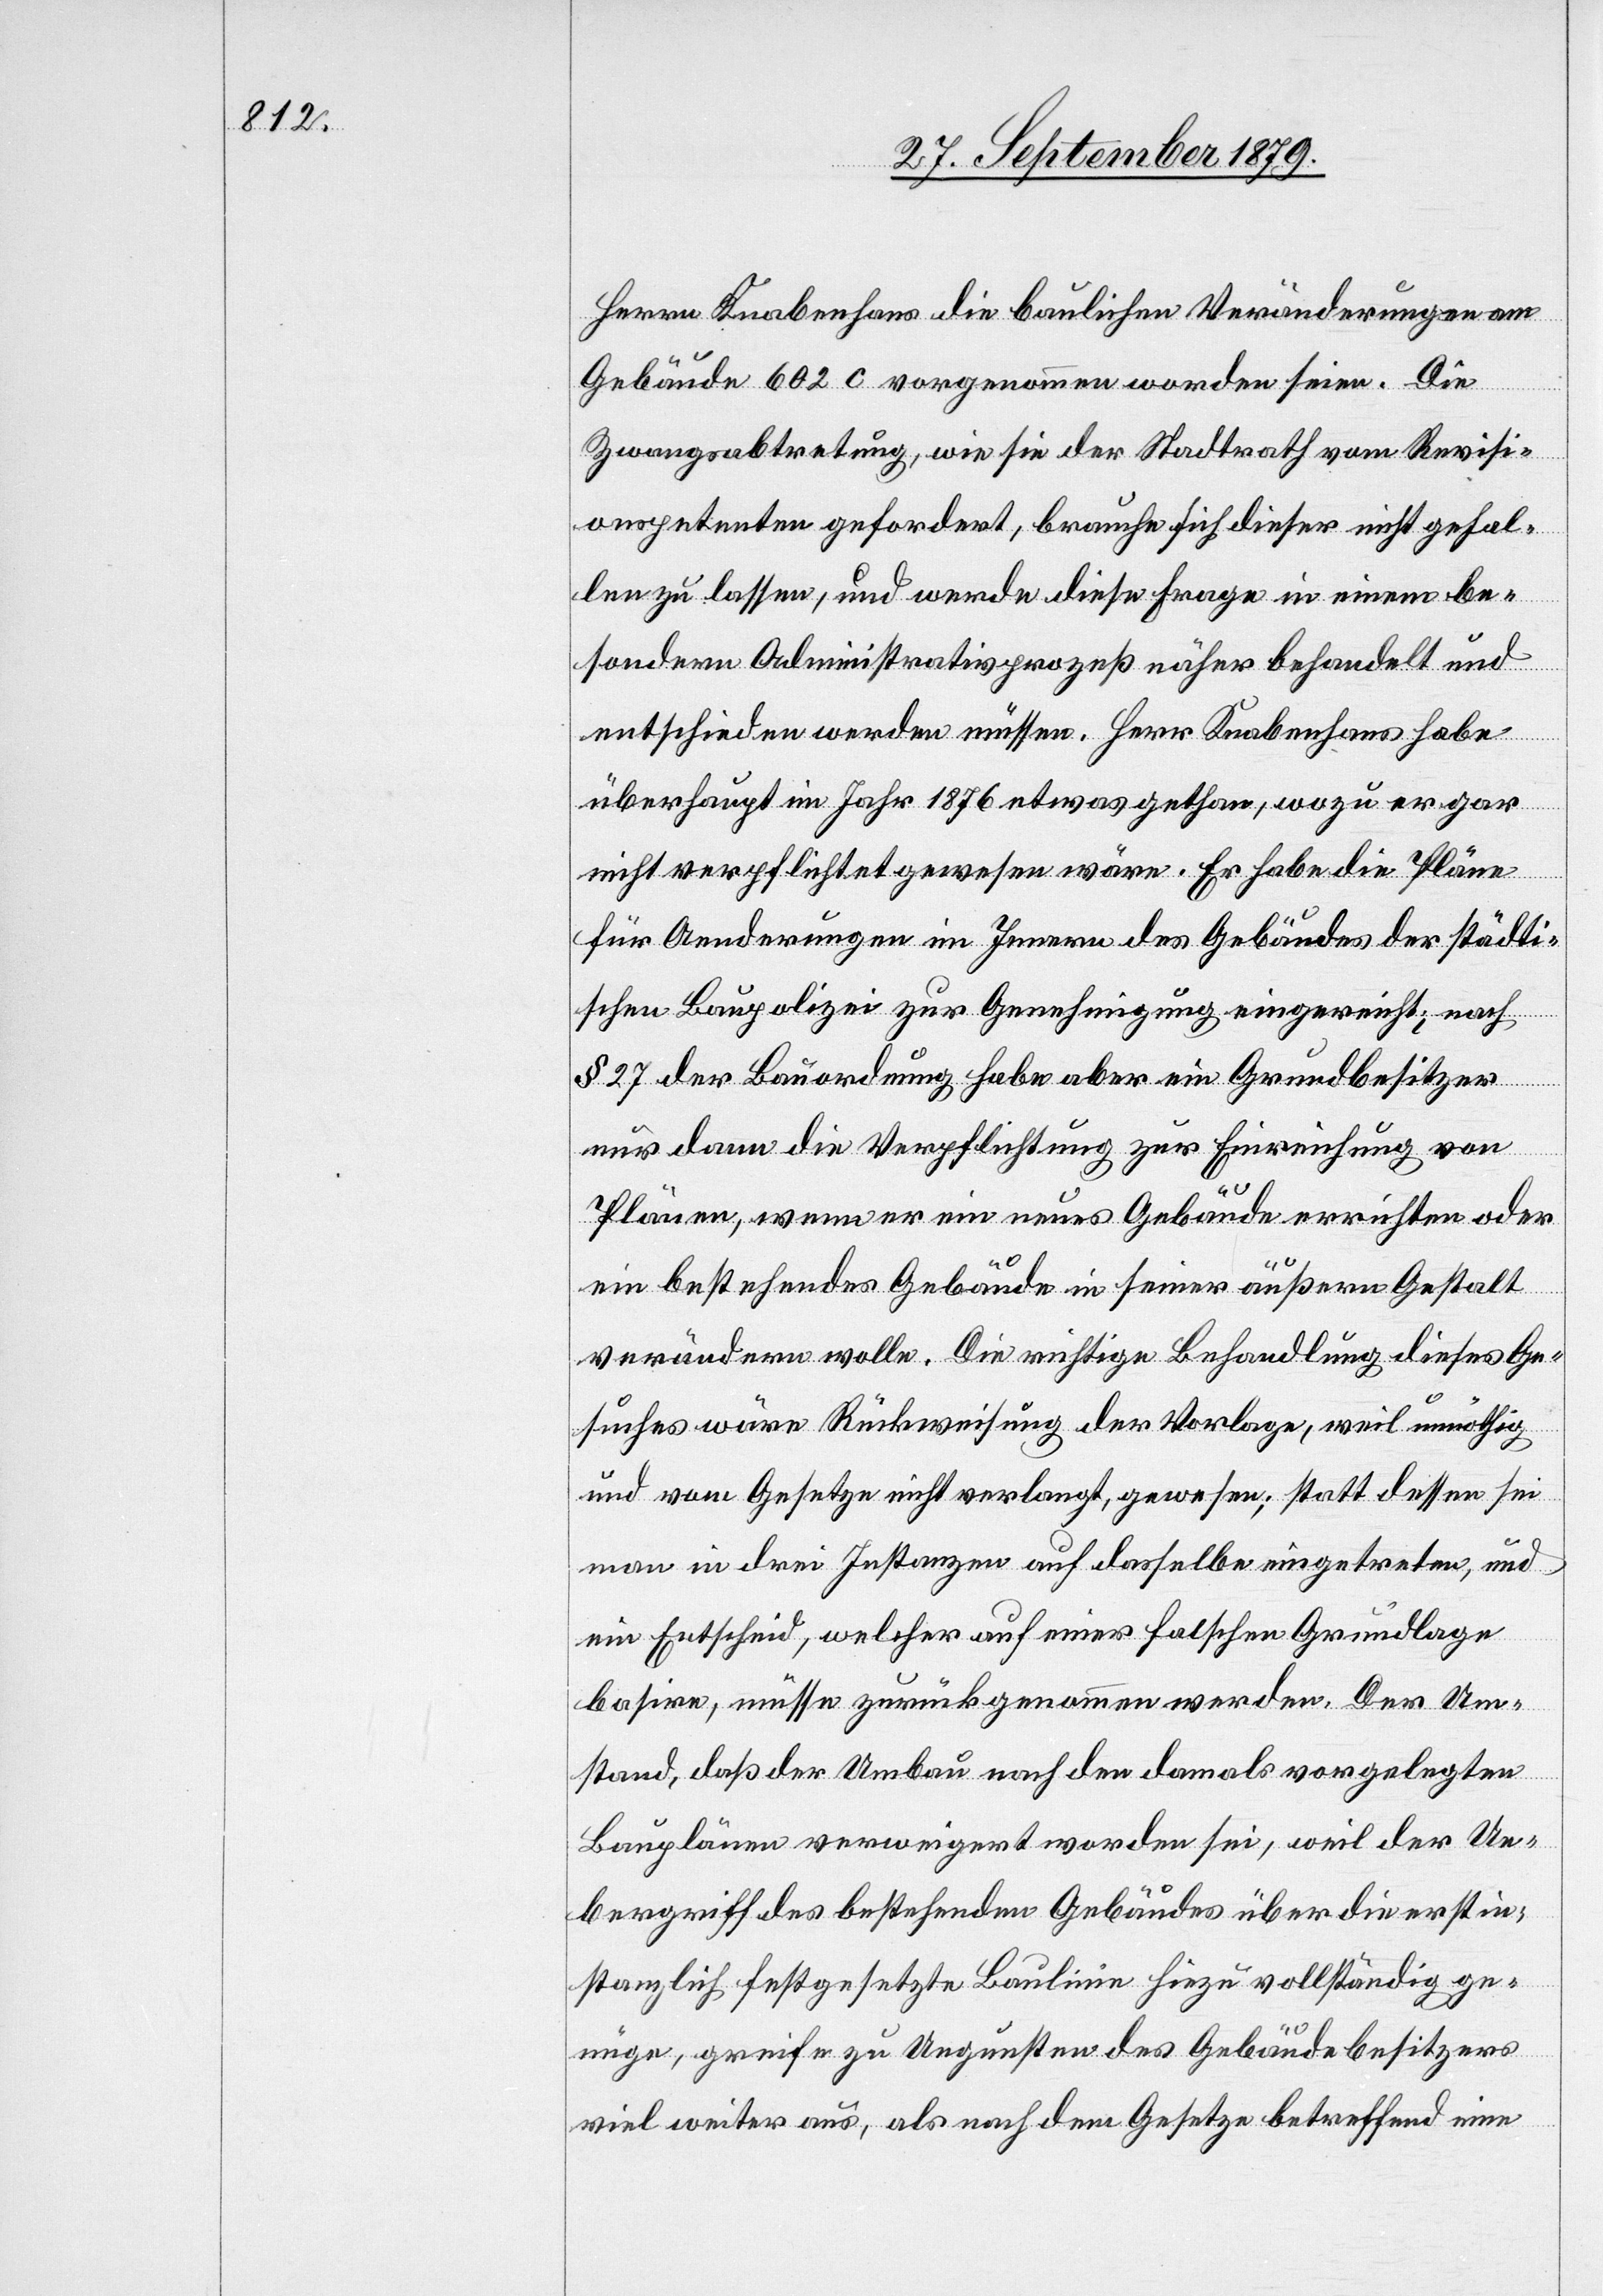
Herrn Knabenhans die baulichen Veränderungen am
Gebäude 602 c vorgenommen worden seien. Die
Zwangsabtretung, wie sie der Stadtrath vom Revisi¬
onspetenten gefordert, brauche sich dieser nicht gefal¬
len zu lassen, und werde diese Frage in einem be¬
sondern Administrativprozeß näher behandelt und
entschieden werden müssen. Herr Knabenhans habe
überhaupt im Jahr 1875 etwas gethan, wozu er gar
nicht verpflichtet gewesen wäre. Er habe die Pläne
für Aenderungen im Innern des Gebäudes der städti¬
schen Baupolizei zur Genehmigung eingereicht; nach
§ 27 der Bauordnung habe aber ein Grundbesitzer
nur dann die Verpflichtung zur Einreichung von
Plänen, wenn er ein neues Gebäude errichten oder
ein bestehendes Gebäude in seiner äußern Gestalt
verändern wolle. Die richtige Behandlung dieses Ge¬
suches wäre Rückweisung der Vorlage, weil unnöthig
und vom Gesetze nicht verlangt, gewesen; statt dessen sei
man in drei Instanzen auf dasselbe eingetreten, und
ein Entscheid, welcher auf einer falschen Grundlage
basire, müsse zurückgenommen werden. Der Um¬
stand, daß der Umbau nach den damals vorgelegten
Bauplänen verweigert worden sei, weil der Ue¬
bergriff des bestehenden Gebäudes über die erstin¬
stanzlich festgesetzte Baulinie hiezu vollständig ge¬
nüge, greife zu Ungunsten des Gebäudebesitzers
viel weiter aus, als nach dem Gesetze betreffend eine